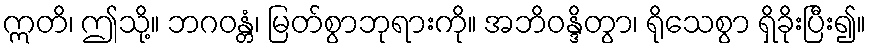
ဣတိ၊ ဤသို့။ ဘဂဝန္တံ၊ မြတ်စွာဘုရားကို။ အဘိဝန္ဒိတွာ၊ ရိုသေစွာ ရှိခိုးပြီး၍။